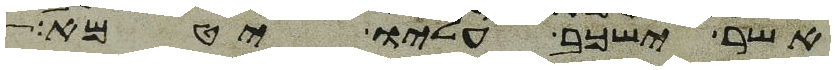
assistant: אשר ישכב עליו יטמא